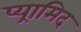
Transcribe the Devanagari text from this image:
प्य्रामिद